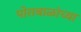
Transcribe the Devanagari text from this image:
पोराबाळांच्या